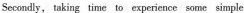
Secondly, taking time to experience some simple